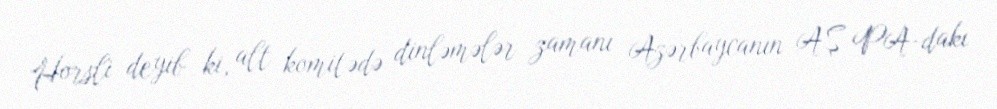
Horsli deyib ki, alt komitədə dinləmələr zamanı Azərbaycanın AŞ PA-dakı